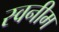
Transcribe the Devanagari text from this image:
स्वनीम